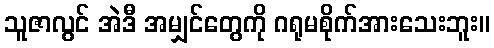
သူဇာလွင် အဲဒီ အမျှင်တွေကို ဂရုမစိုက်အားသေးဘူး။